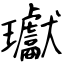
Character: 瓛